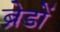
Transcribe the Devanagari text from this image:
ब्रेडों